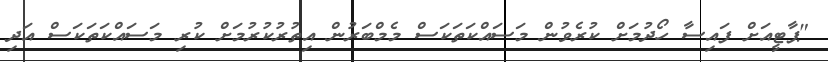
"ޕާޓީއަށް ފައިސާ ހޯދުމަށް ކުރެވުން މަސައްކަތަކަސް މެމްބަރުން އިތުރުކުރުމަށް ކުރި މަސައްކަތަކަސް އަދި